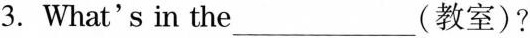
3. What's in the___(教室)?